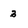
Character: 3